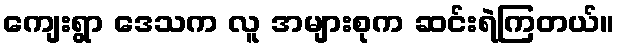
ကျေးရွာ ဒေသက လူ အများစုက ဆင်းရဲကြတယ်။